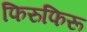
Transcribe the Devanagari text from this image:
फिरुफिरू